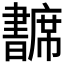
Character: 𢅺